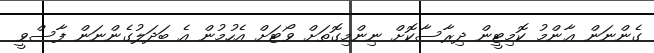
ގެންނަން ޢާންމު ކޮމިޓީން ދިރާސާކޮށް ނިންމިގޮތަށް ވޯޓަށް އެހުމުން އެ ބަދަލުގެންނަން ފާސްވީ